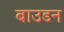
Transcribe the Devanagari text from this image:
बाउडन